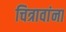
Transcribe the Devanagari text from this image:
चित्रावांना